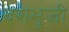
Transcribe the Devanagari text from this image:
दशभुजी